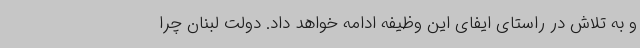
و به تلاش در راستای ایفای این وظیفه ادامه خواهد داد. دولت لبنان چرا